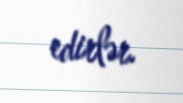
edirlər.